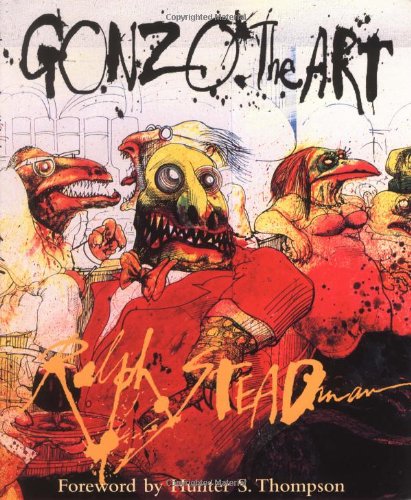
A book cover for Gonzo: The Art; Ralph Steadman; Humor & Entertainment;